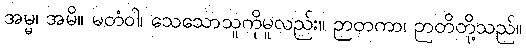
အမ္မ၊ အမိ။ မတံဝါ၊ သေသောသူကိုမူလည်း။ ဉာတကာ၊ ဉာတိတို့သည်။